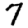
Digit: 7